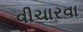
વીચારવા